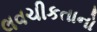
લવચીકતાનો